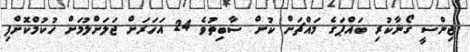
ޖިންސީ ގޯނާކުރި ބައްޕަގެ މައްޗަށް ކުށް ސާބިތުވެ 24 އަހަރަށް ޖަލަށްލުމަށް ހުކުމްކޮށްފި